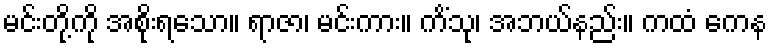
မင်းတို့ကို အစိုးရသော။ ရာဇာ၊ မင်းကား။ ကိံသု၊ အဘယ်နည်း။ ကထံ ကေန